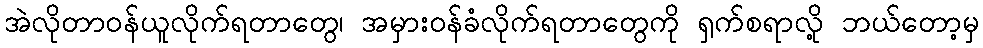
အဲလိုတာဝန်ယူလိုက်ရတာတွေ၊ အမှားဝန်ခံလိုက်ရတာတွေကို ရှက်စရာလို့ ဘယ်တော့မှ